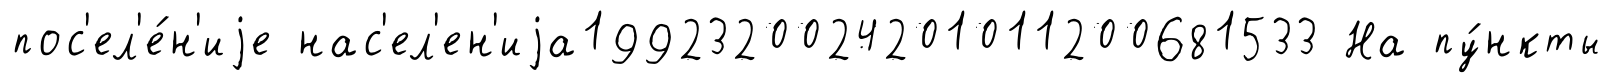
пос'ел'е́н'иjе нас'ел'ен'иjа1992320024201011200681533 На пу́нкты